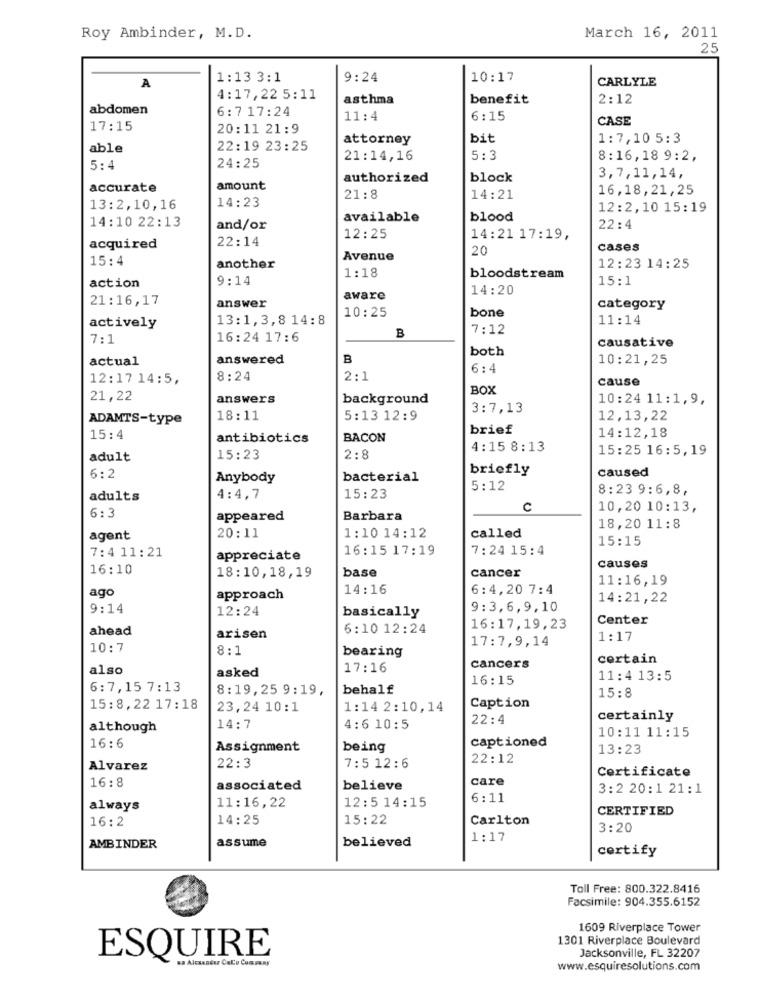
Roy Ambinder, M.D.
March 16, 2011
25
1:13 3:1
9:24
10:17
CARLYLE
A
4:17,22 5:11
asthma
benefit
2:12
abdomen
6:7 17:24
11:4
6:15
CASE
17:15
20:11 21:9
attorney
bit
1:7,10 5:3
able
22:19 23:25
21:14,16
5:3
8:16,18 9:2,
5:4
24:25
authorized
block
3,7,11,14,
accurate
amount
16,18,21,25
14:23
21:8
14:21
13:2,10,16
12:2,10 15:19
14:10 22:13
available
blood
and/or
22:4
22:14
12:25
14:21 17:19,
acquired
20
cases
15:4
Avenue
another
1:18
12:23 14:25
action
9:14
bloodstream
15:1
14:20
21:16, 17
aware
answer
10:25
bone
category
13:1,3,8 14:8
11:14
actively
B
7:12
7:1
16:24 17:6
causative
both
actual
answered
B
10:21,25
6:4
12:17 14:5,
8:24
2:1
cause
BOX
21,22
answers
background
10:24 11:1,9,
3:7,13
ADAMTS-type
18:11
5:13 12:9
12,13,22
brief
15:4
antibiotics
BACON
14:12,18
4:15 8:13
15:25 16:5,19
adult
15:23
2:8
briefly
caused
6:2
Anybody
bacterial
5:12
8:23 9:6,8,
adults
4:4,7
15:23
6:3
C
10,20 10:13,
appeared
Barbara
20:11
1:10 14:12
called
18,20 11:8
agent
15:15
7:4 11: 21
16:15 17:19
7:24 15:4
appreciate
16:10
base
cancer
causes
18:10,18,19
11:16, 19
ago
14:16
6:4,20 7:4
approach
14:21,22
9:14
12:24
9:3,6,9,10
basically
Center
ahead
6:10 12:24
16:17,19,23
arisen
17:7,9,14
1:17
10:7
8:1
bearing
certain
also
asked
17:16
cancers
16:15
11:4 13:5
6:7,15 7:13
8:19,25 9:19,
behalf
15:8
15:8, 22 17:18
23,24 10:1
1:14 2:10, 14
Caption
22:4
certainly
although
14:7
4: 6 10:5
10:11 11:15
16:6
captioned
Assignment
being
13:23
22:3
22:12
Alvarez
7:5 12:6
Certificate
16:8
care
associated
believe
3:2 20:1 21:1
11:16,22
12:5 14:15
6:11
always
CERTIFIED
16:2
14:25
15:22
Carlton
3:20
assume
believed
1:17
AMBINDER
certify
Toll Free: 800.322.8416
Facsimile: 904.355.6152
1609 Riverplace Tower
1301 Riverplace Boulevard
Jacksonville, FL 32207
ESQUIRE
www.esquiresolutions.com